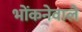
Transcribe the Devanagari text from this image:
भोंकनेवाले